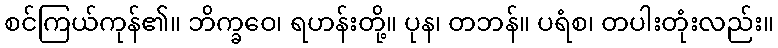
စင်ကြယ်ကုန်၏။ ဘိက္ခဝေ၊ ရဟန်းတို့။ ပုန၊ တဘန်။ ပရံစ၊ တပါးတုံးလည်း။